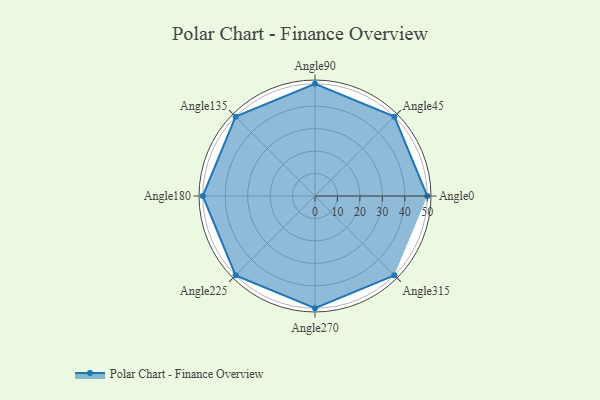
{"axis": {"x": "Angle", "y": "Radius"}, "legend": [""], "data": [{"x": "Angle0", "y": 50, "type": ""}, {"x": "Angle45", "y": 50, "type": ""}, {"x": "Angle90", "y": 50, "type": ""}, {"x": "Angle135", "y": 50, "type": ""}, {"x": "Angle180", "y": 50, "type": ""}, {"x": "Angle225", "y": 50, "type": ""}, {"x": "Angle270", "y": 50, "type": ""}, {"x": "Angle315", "y": 50, "type": ""}]}